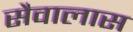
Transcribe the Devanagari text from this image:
सैवालास